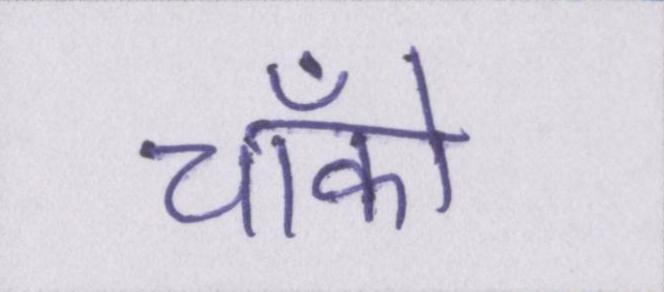
चॉको